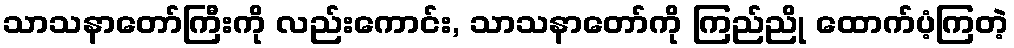
သာသနာတော်ကြီးကို လည်းကောင်း, သာသနာတော်ကို ကြည်ညို ထောက်ပံ့ကြတဲ့